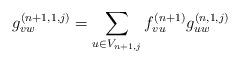
LaTeX: \begin{align*}g_{vw}^{(n+1,1,j)} = \sum_{u \in V_{n+1,j}}f_{vu}^{(n+1)}g_{uw}^{(n,1,j)}\end{align*}